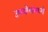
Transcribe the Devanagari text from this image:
उपयोगांमध्ये